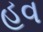
હવ